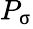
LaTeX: P_{\upsigma}